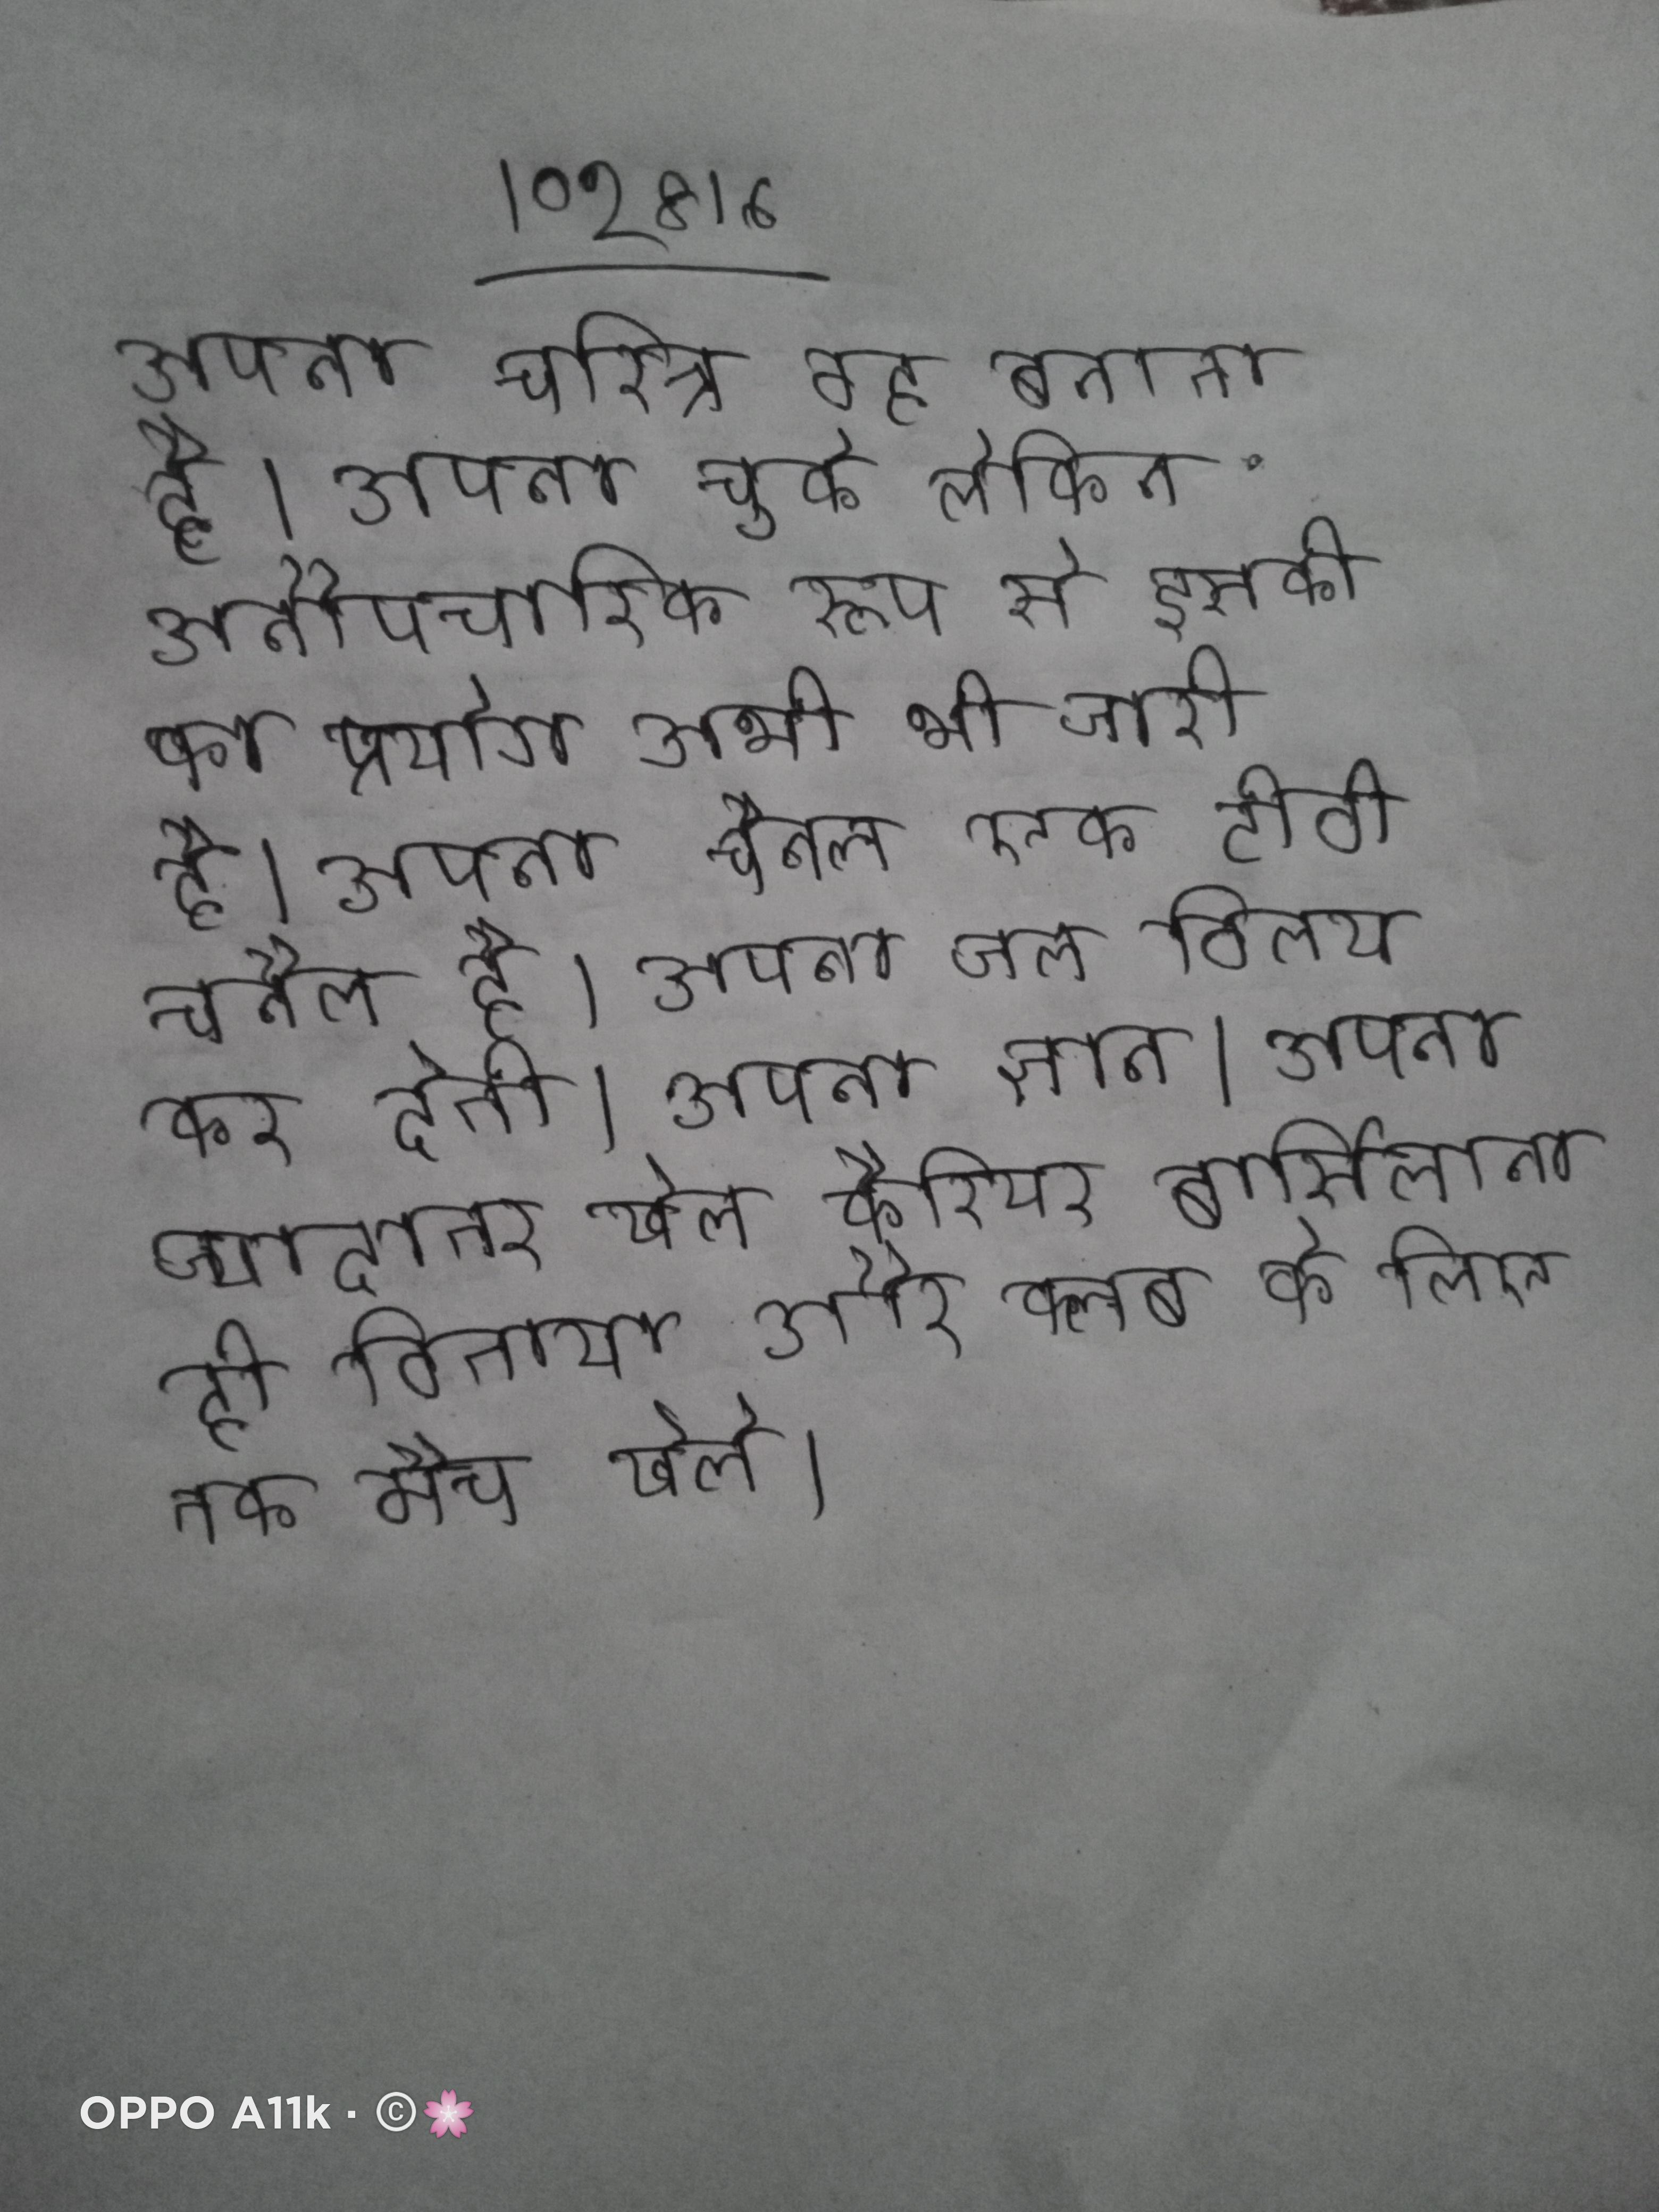
अपना चरित्र वह बनाता है । अपना चुके लेकिन अनौपचारिक रूप से इसकी का प्रयोग अभी भी जारी है । अपना चैनल एक टीवी चैनल है । अपना जल विलय कर देती । अपना ज्ञान । अपना ज्यादातर खेल कैरियर बार्सिलोना ही बिताया और क्लब के लिए तक मैच खेले ।